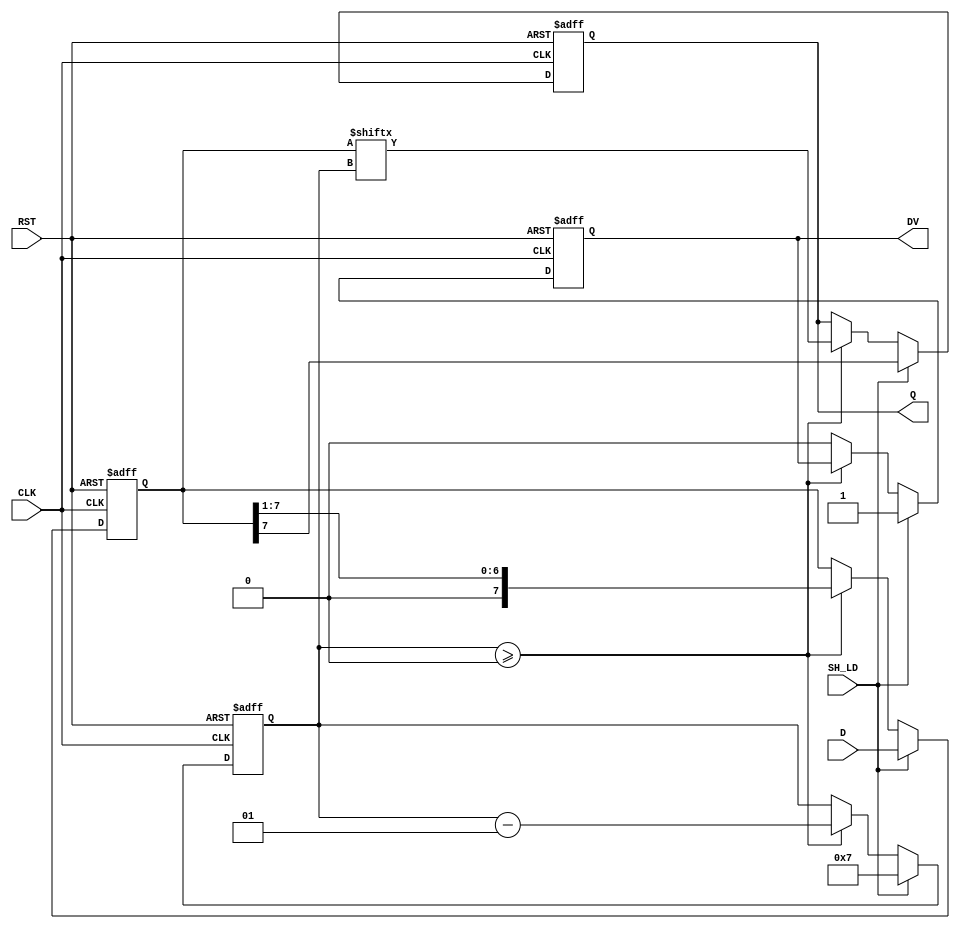
module PISO_Register #(
    parameter n = 8  // Parameter for the width of the register
)(
    input wire [n-1:0] D,      // Parallel data input
    input wire SH_LD,          // Shift/Load control signal
    input wire CLK,            // Clock signal
    input wire RST,            // Asynchronous reset signal
    output reg Q,              // Serial output
    output reg DV              // Data valid signal
);

    reg [n-1:0] shift_reg;     // Internal shift register
    integer count;             // Counter for shifting

    always @(posedge CLK or posedge RST) begin
        if (RST) begin
            shift_reg <= {n{1'b0}}; // Clear the register
            Q <= 1'b0;              // Clear the output
            DV <= 1'b0;             // Clear the data valid signal
            count <= 0;             // Reset the counter
        end else begin
            if (SH_LD) begin
                // Load mode
                shift_reg <= D;      // Load parallel data into the register
                Q <= shift_reg[n-1]; // Output the MSB
                DV <= 1'b1;          // Assert data valid
                count <= n - 1;      // Set counter to the last bit index
            end else begin
                // Shift mode
                if (count >= 0) begin
                    Q <= shift_reg[count]; // Output the current bit
                    shift_reg <= {1'b0, shift_reg[n-1:1]}; // Shift right
                    count <= count - 1;   // Decrement the counter
                end else begin
                    DV <= 1'b0;           // De-assert data valid when done
                end
            end
        end
    end

endmodule